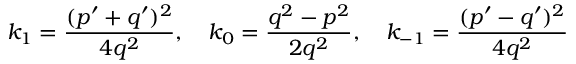
k _ { 1 } = \frac { ( p ^ { \prime } + q ^ { \prime } ) ^ { 2 } } { 4 q ^ { 2 } } , \quad k _ { 0 } = \frac { q ^ { 2 } - p ^ { 2 } } { 2 q ^ { 2 } } , \quad k _ { - 1 } = \frac { ( p ^ { \prime } - q ^ { \prime } ) ^ { 2 } } { 4 q ^ { 2 } }